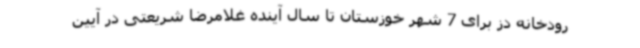
رودخانه دز برای 7 شهر خوزستان تا سال آینده غلامرضا شریعتی در آیین